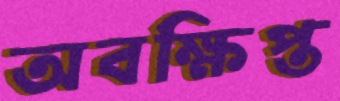
অবক্ষিপ্ত